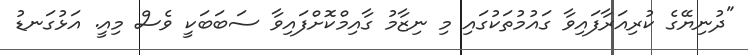
"ދުނިޔޭގެ ކުރިއަރާފައިވާ ގައުމުތަކުގައި މި ނިޒާމު ގާއިމްކޮށްފައިވާ ސަބަބަކީ ވެސް މިއީ. އަޅުގަނޑު